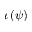
\iota \left( \psi \right)